Report on vaccination in Madras 1877-1894 - 1877-1894
Year: 1877
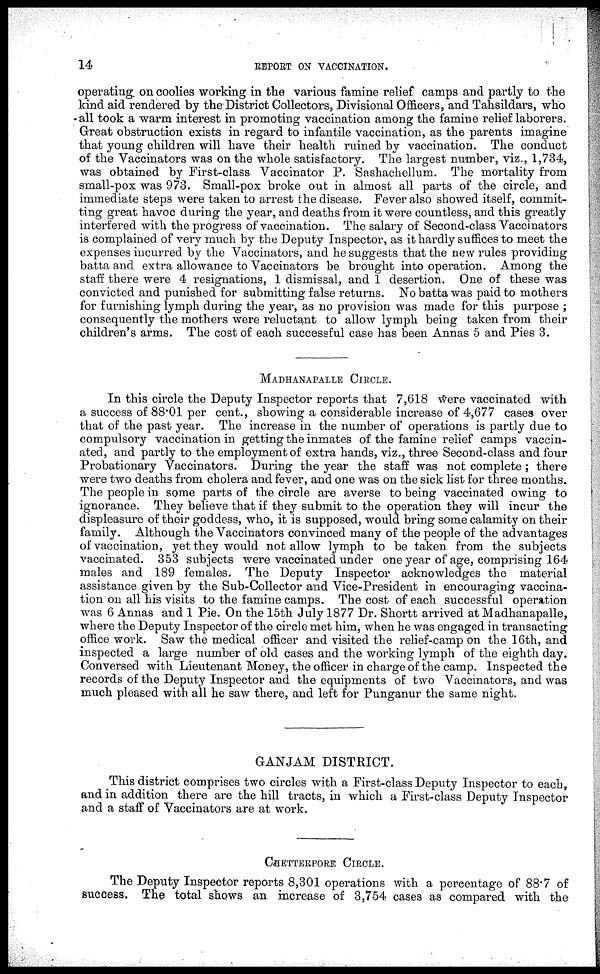
14
REPORT ON VACCINATION.
operating on coolies working in the various famine relief camps and partly to the
kind aid rendered by the District Collectors, Divisional Officers, and Tahsildars, who
all took a warm interest in promoting vaccination among the famine relief laborers.
Great obstruction exists in regard to infantile vaccination, as the parents imagine
that young children will have their health ruined by vaccination. The conduct
of the Vaccinators was on the whole satisfactory. The largest number, viz., 1,734,
was obtained by First-class Vaccinator P. Sashachellum. The mortality from
small-pox was 973. Small-pox broke out in almost all parts of the circle, and
immediate steps were taken to arrest the disease. Fever also showed itself, commit-
ting great havoc during the year, and deaths from it were countless, and this greatly
interfered with the progress of vaccination. The salary of Second-class Vaccinators
is complained of very much by the Deputy Inspector, as it hardly suffices to meet the
expenses incurred by the Vaccinators, and he suggests that the new rules providing
batta and extra allowance to Vaccinators be brought into operation. Among the
staff there were 4 resignations, 1 dismissal, and 1 desertion. One of these was
convicted and punished for submitting false returns. No batta was paid to mothers
for furnishing lymph during the year, as no provision was made for this purpose ;
consequently the mothers were reluctant to allow lymph being taken from their
children's arms. The cost of each successful case has been Annas 5 and Pies 3.
MADHANAPALLE CIRCLE.
In this circle the Deputy Inspector reports that 7,618 were vaccinated with
a success of 88.01 per cent., showing a considerable increase of 4,677 cases over
that of the past year. The increase in the number of operations is partly due to
compulsory vaccination in getting the inmates of the famine relief camps vaccin-
ated, and partly to the employment of extra hands, viz., three Second-class and four
Probationary Vaccinators. During the year the staff was not complete; there
were two deaths from cholera and fever, and one was on the sick list for three months.
The people in some parts of the circle are averse to being vaccinated owing to
ignorance. They believe that if they submit to the operation they will incur the
displeasure of their goddess, who, it is supposed, would bring some calamity on their
family. Although the Vaccinators convinced many of the people of the advantages
of vaccination, yet they would not allow lymph to be taken from the subjects
vaccinated. 353 subjects were vaccinated under one year of age, comprising 164
males and 189 females. The Deputy Inspector acknowledges the material
assistance given by the Sub-Collector and Vice-President in encouraging vaccina-
tion on all his visits to the famine camps. The cost of each successful operation
was 6 Annas and 1 Pie. On the 15th July 1877 Dr. Shortt arrived at Madhanapalle,
where the Deputy Inspector of the circle met him, when he was engaged in transacting
office work. Saw the medical officer and visited the relief-camp on the 16th, and
inspected a large number of old cases and the working lymph of the eighth day.
Conversed with Lieutenant Money, the officer in charge of the camp. Inspected the
records of the Deputy Inspector and the equipments of two Vaccinators, and was
much pleased with all he saw there, and left for Punganur the same night.
GANJAM DISTRICT.
This district comprises two circles with a First-class Deputy Inspector to each,
and in addition there are the hill tracts, in which a First-class Deputy Inspector
and a staff of Vaccinators are at work.
CHETTERPORE CIRCLE.
The Deputy Inspector reports 8,301 operations with a percentage of 88.7 of
success. The total shows an increase of 3,754 cases as compared with the